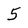
Character: 5